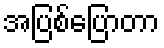
အပြစ်ပြောတာ